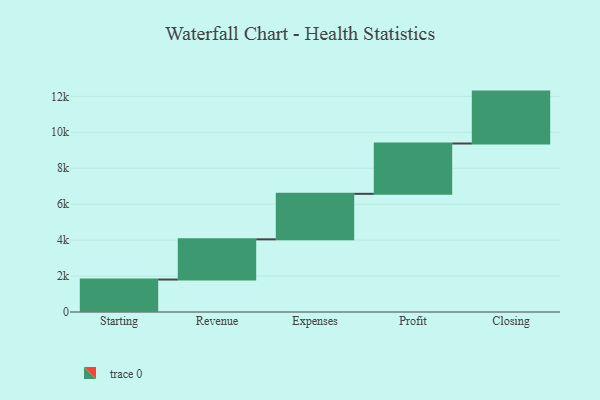
{"axis": {"x": "Step", "y": "Value"}, "legend": [""], "data": [{"x": "Starting", "y": 1806.0, "type": ""}, {"x": "Revenue", "y": 2237.0, "type": ""}, {"x": "Expenses", "y": 2532.0, "type": ""}, {"x": "Profit", "y": 2800.0, "type": ""}, {"x": "Closing", "y": 2888.0, "type": ""}]}